Annual returns of the Patna Lunatic Asylum at Bankipore in Bihar and Orissa - 1912-1924
Year: 1912
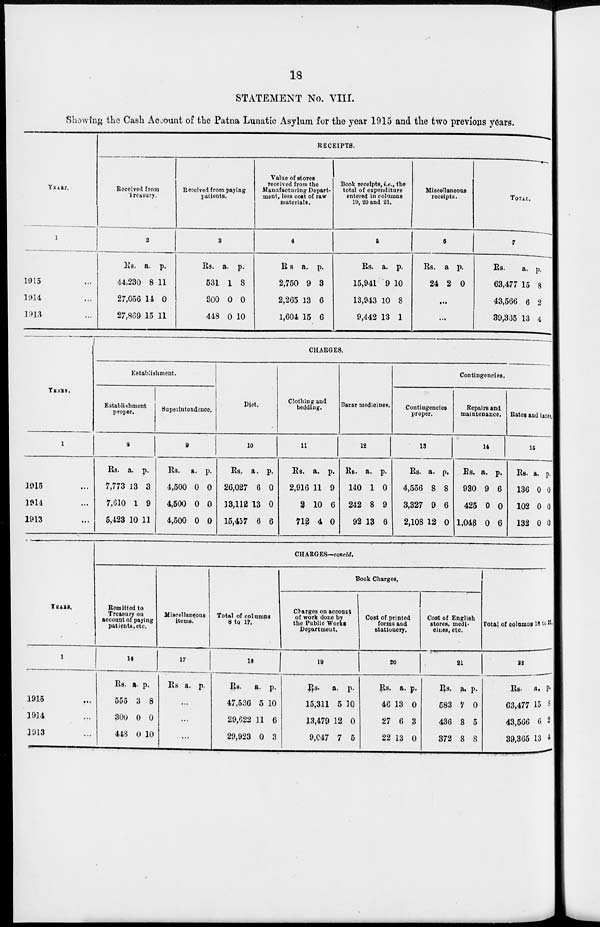
18
STATEMENT No. VIII.
Showing the Cash Account of the Patna Lunatic Asylum for the year 1915 and the two previous years.
YEARS.
1
1915 ...
1914 ...
1913 ...
RECEIPTS.
Received from
Treasury.
2
Rs.
44,230
27,056
27,869
a.
8
14
15
p.
11
0
11
Received from paying
patients.
3
Rs.
531
300
448
a.
1
0
0
p.
8
0
10
Value of stores
received from the
Manufacturing Depart-
ment, loss cost of raw
materials.
4
Rs.
2,750
2,265
1,604
a.
9
13
15
p.
3
6
6
Book receipts, i.e., the
total of expenditure
entered in columns
19, 20 and 21.
5
Rs.
15,941
13,943
9,442
a.
9
10
13
p.
10
8
1
Miscellaneous
receipts.
6
Rs.
24
a.
2
p.
0
...
...
TOTAL.
7
Rs.
63,477
43,566
39,365
a.
15
6
13
p.
8
2
4
YEARS.
1
1915 ...
1914 ...
1913 ...
CHARGES.
Establishment.
Establishment
proper.
8
Rs.
7,773
7,610
5,423
a.
13
1
10
p.
3
9
11
Superintendence.
9
Rs.
4,500
4,500
4,500
a.
0
0
0
p.
0
0
0
Diet.
10
Rs.
26,027
13,112
15,457
a.
6
13
6
p.
0
0
6
Clothing and
bedding.
11
Rs.
2,916
2
712
a.
11
10
4
p.
9
6
0
Bazar medicines.
12
Rs.
140
242
92
a.
1
8
13
p.
0
9
6
Contingencies.
Contingencies
proper.
13
Rs.
4,556
3,327
2,108
a.
8
9
12
p.
8
6
0
Repairs and
maintenance.
14
Rs.
930
425
1,048
a.
9
0
0
p.
6
0
6
Rates and taxes.
15
Rs.
136
102
132
a.
0
0
0
p.
0
0
0
YEARS.
1
1915 ...
1914 ...
1913 ...
CHARGES—concld.
Remitted to
Treasury on
account of paying
patients, etc.
16
Rs.
555
300
448
a.
3
0
0
p.
8
0
10
Miscellaneous
items.
17
Rs. a. p.
...
...
...
Total of columns
8 to 17.
18
Rs.
47,536
29,622
29,923
a.
5
11
0
p.
10
6
3
Book Charges.
Charges on account
of work done by
the Public Works
Department.
19
Rs.
15,311
13,479
9,047
a.
5
12
7
p.
10
0
5
Cost of printed
forms and
stationery.
20
Rs.
46
27
22
a.
13
6
13
p.
0
3
0
Cost of English
stores, medi-
cines, etc.
21
Rs.
583
436
372
a.
7
8
8
p.
0
5
8
Total of columns 18 to 21.
22
Rs.
63,477
43,566
39,365
a.
15
6
13
p.
8
2
4